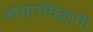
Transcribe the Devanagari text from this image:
आचारविज्ञानी